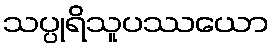
သပ္ပုရိသူပဿယော